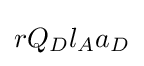
rQ_{D}l_{A}a_{D}